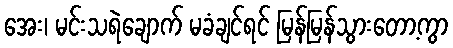
အေး၊ မင်းသရဲချောက် မခံချင်ရင် မြန်မြန်သွားတော့ကွာ